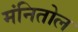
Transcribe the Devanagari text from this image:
मंनितोल